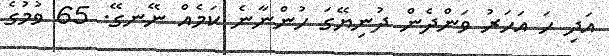
އަދި ހަ އަހަރު ވަންދެން ދުނިޔޭގަ ހުންނާނެ ކަމެއް ނޭނގޭ. 65 ވުމުގެ